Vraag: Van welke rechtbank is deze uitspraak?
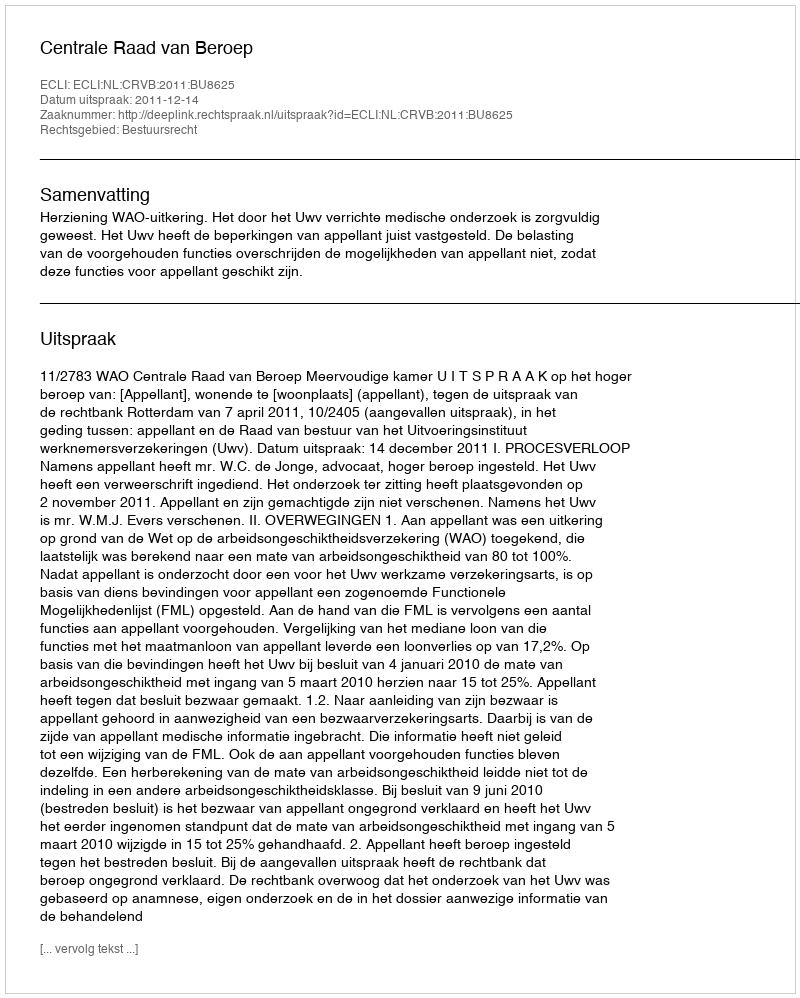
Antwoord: Centrale Raad van Beroep